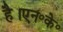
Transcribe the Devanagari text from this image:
है।एन॰के॰